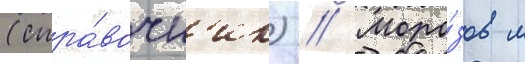
(спра́вочн'ик) // Моро́зов м